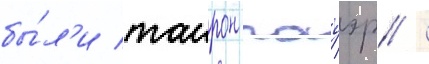
бы́л'и таирон пауэр /